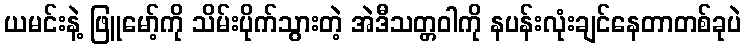
ယမင်းနဲ့ ဖြူမော့်ကို သိမ်းပိုက်သွားတဲ့ အဲဒီသတ္တဝါကို နပန်းလုံးချင်နေတာတစ်ခုပဲ